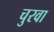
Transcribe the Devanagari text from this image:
चुरवा